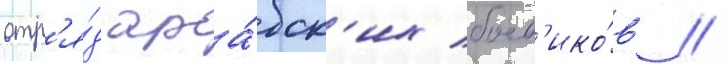
отр'я́д ара́бск'их боев'ико́в /